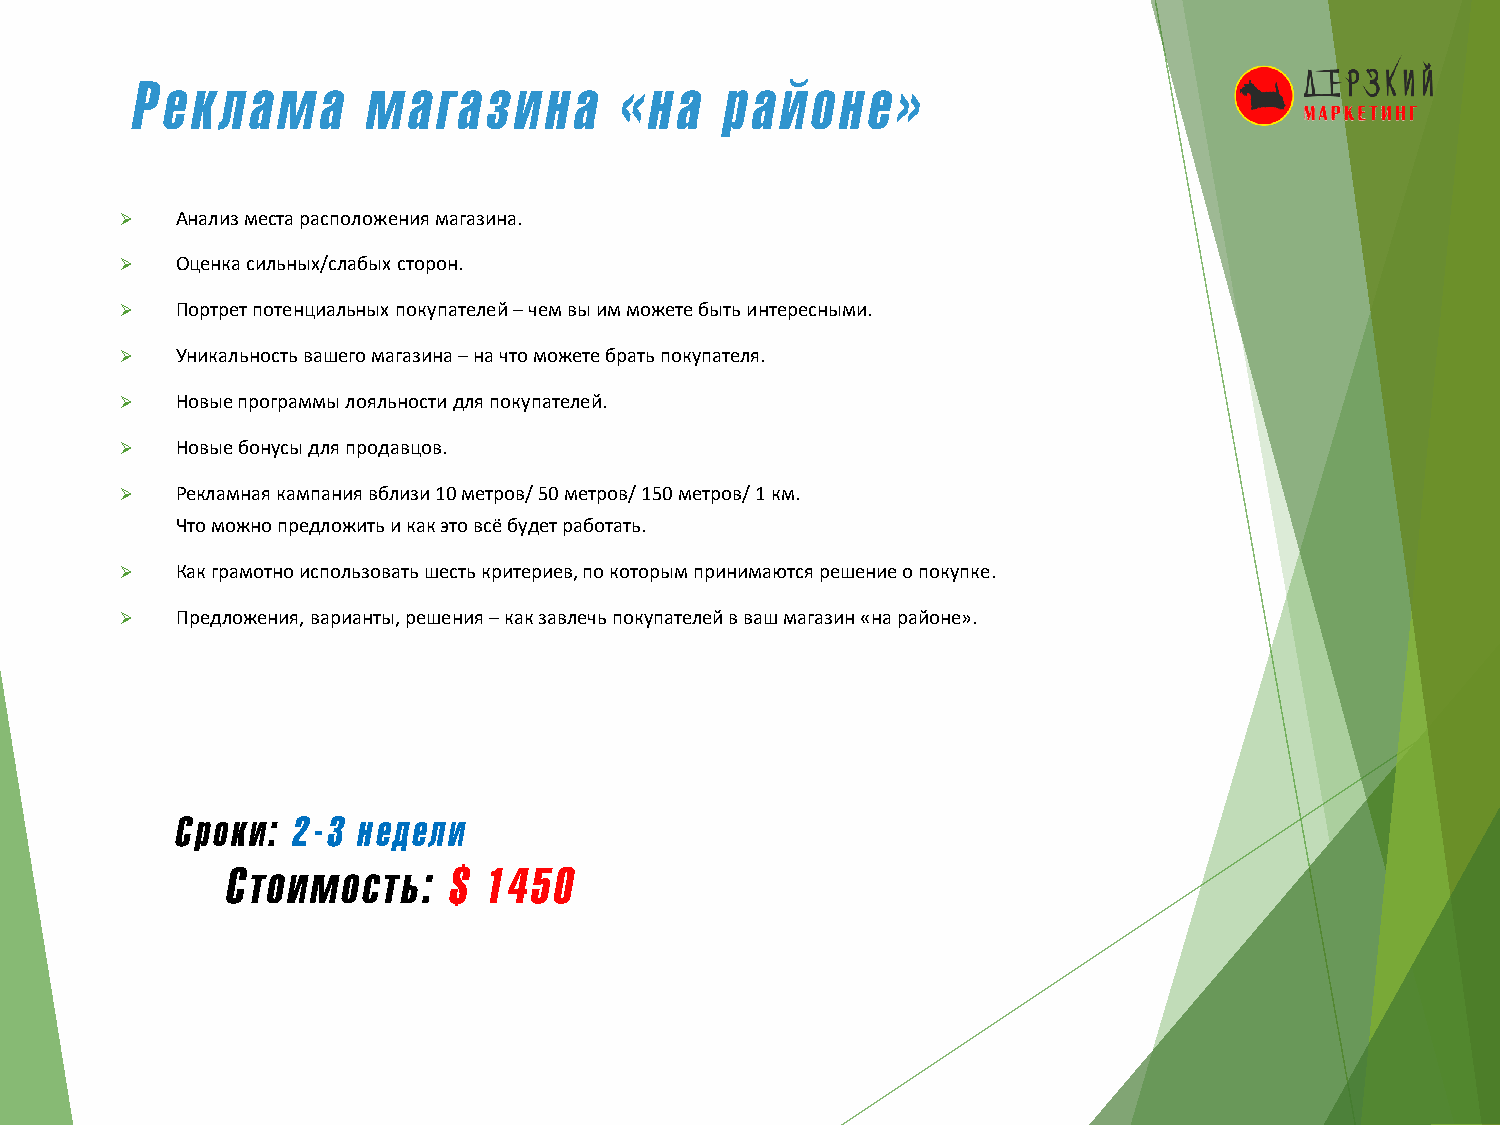
Реклама        магазина         «на    районе»
 ➢   Анализ места расположения магазина.
 ➢   Оценка сильных/слабых сторон.
 ➢   Портрет потенциальных покупателей –чем вы им можете быть интересными.
 ➢   Уникальность вашего магазина –на что можете брать покупателя.
 ➢   Новые программы лояльности для покупателей.
 ➢   Новые бонусы для продавцов.
 ➢   Рекламная кампания вблизи 10 метров/ 50 метров/ 150 метров/ 1 км.
 Что можно предложить и как это всё будет работать.
 ➢   Как грамотно использовать шесть критериев, по которым принимаются решение о покупке.
 ➢   Предложения, варианты, решения –как завлечь покупателей в ваш магазин «на районе».
 Сроки: 2-3  недели
 Cтоимость:     $ 1450